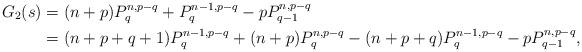
LaTeX: \begin{align*}G_2(s)&=(n+p)P_q^{n,p-q}+P_q^{n-1,p-q}-pP_{q-1}^{n,p-q}\\&=(n+p+q+1)P_q^{n-1,p-q}+(n+p)P_q^{n,p-q}-(n+p+q)P_q^{n-1,p-q}-pP_{q-1}^{n,p-q},\end{align*}